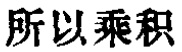
所以乘积